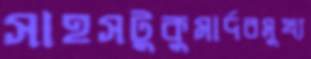
সাহসটুকুমার্দবমুখ্য